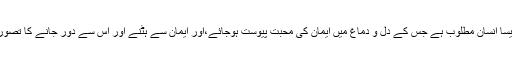
یعنی اس تمام تربیت اور تزکیے سے ایک ایسا انسان مطلوب ہے جس کے دل و دماغ میں ایمان کی محبت پیوست ہوجائے،اور ایمان سے ہٹنے اور اس سے دُور جانے کا تصور بھی ذہن اور عمل کے اندر محال ہوجائے۔